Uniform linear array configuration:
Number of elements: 4
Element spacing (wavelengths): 0.25
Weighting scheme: kaiser
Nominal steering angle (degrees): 30
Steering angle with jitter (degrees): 31.828
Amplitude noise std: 0.05
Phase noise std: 0.05

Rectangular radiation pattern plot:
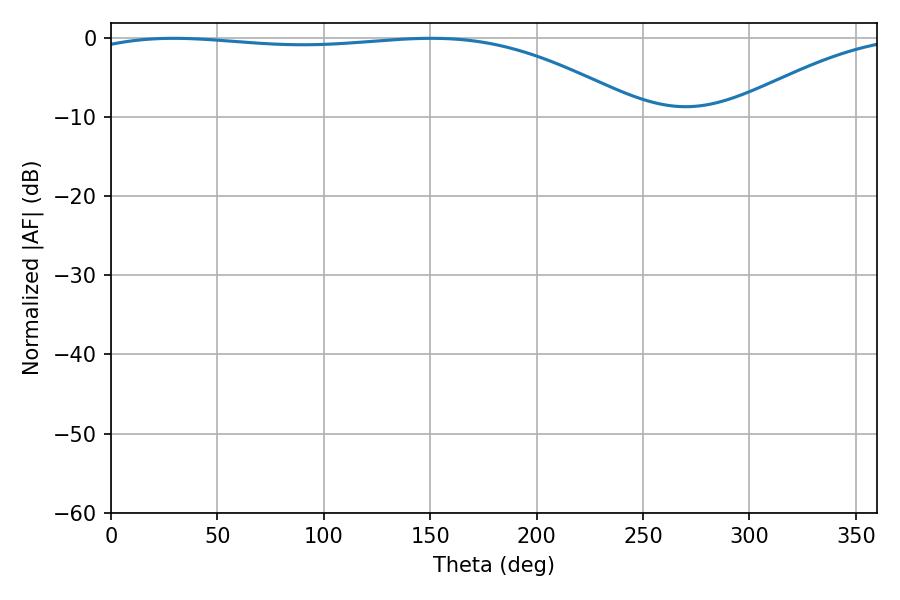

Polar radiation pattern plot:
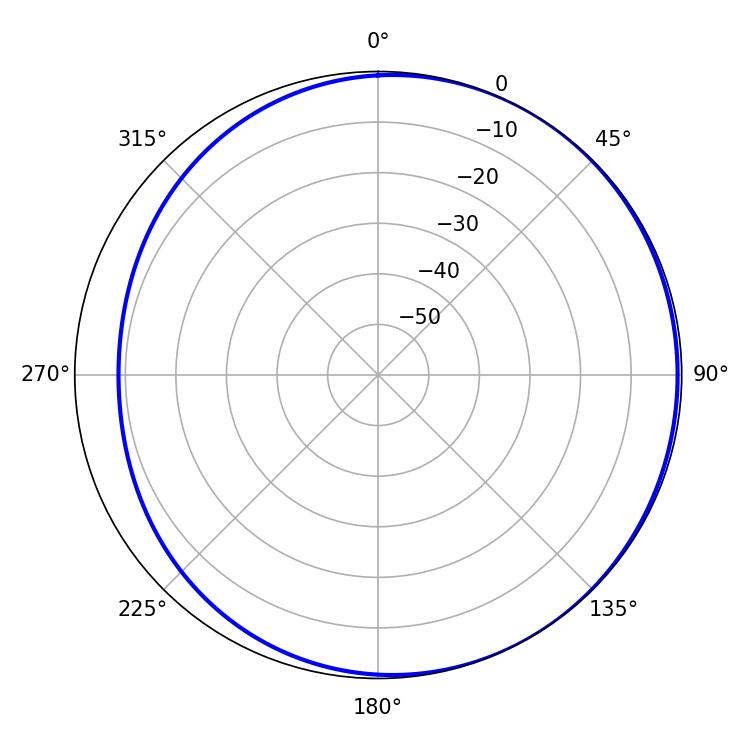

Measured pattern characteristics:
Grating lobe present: FALSE
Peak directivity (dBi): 1.982
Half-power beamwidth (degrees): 207.54
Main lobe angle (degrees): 29.52